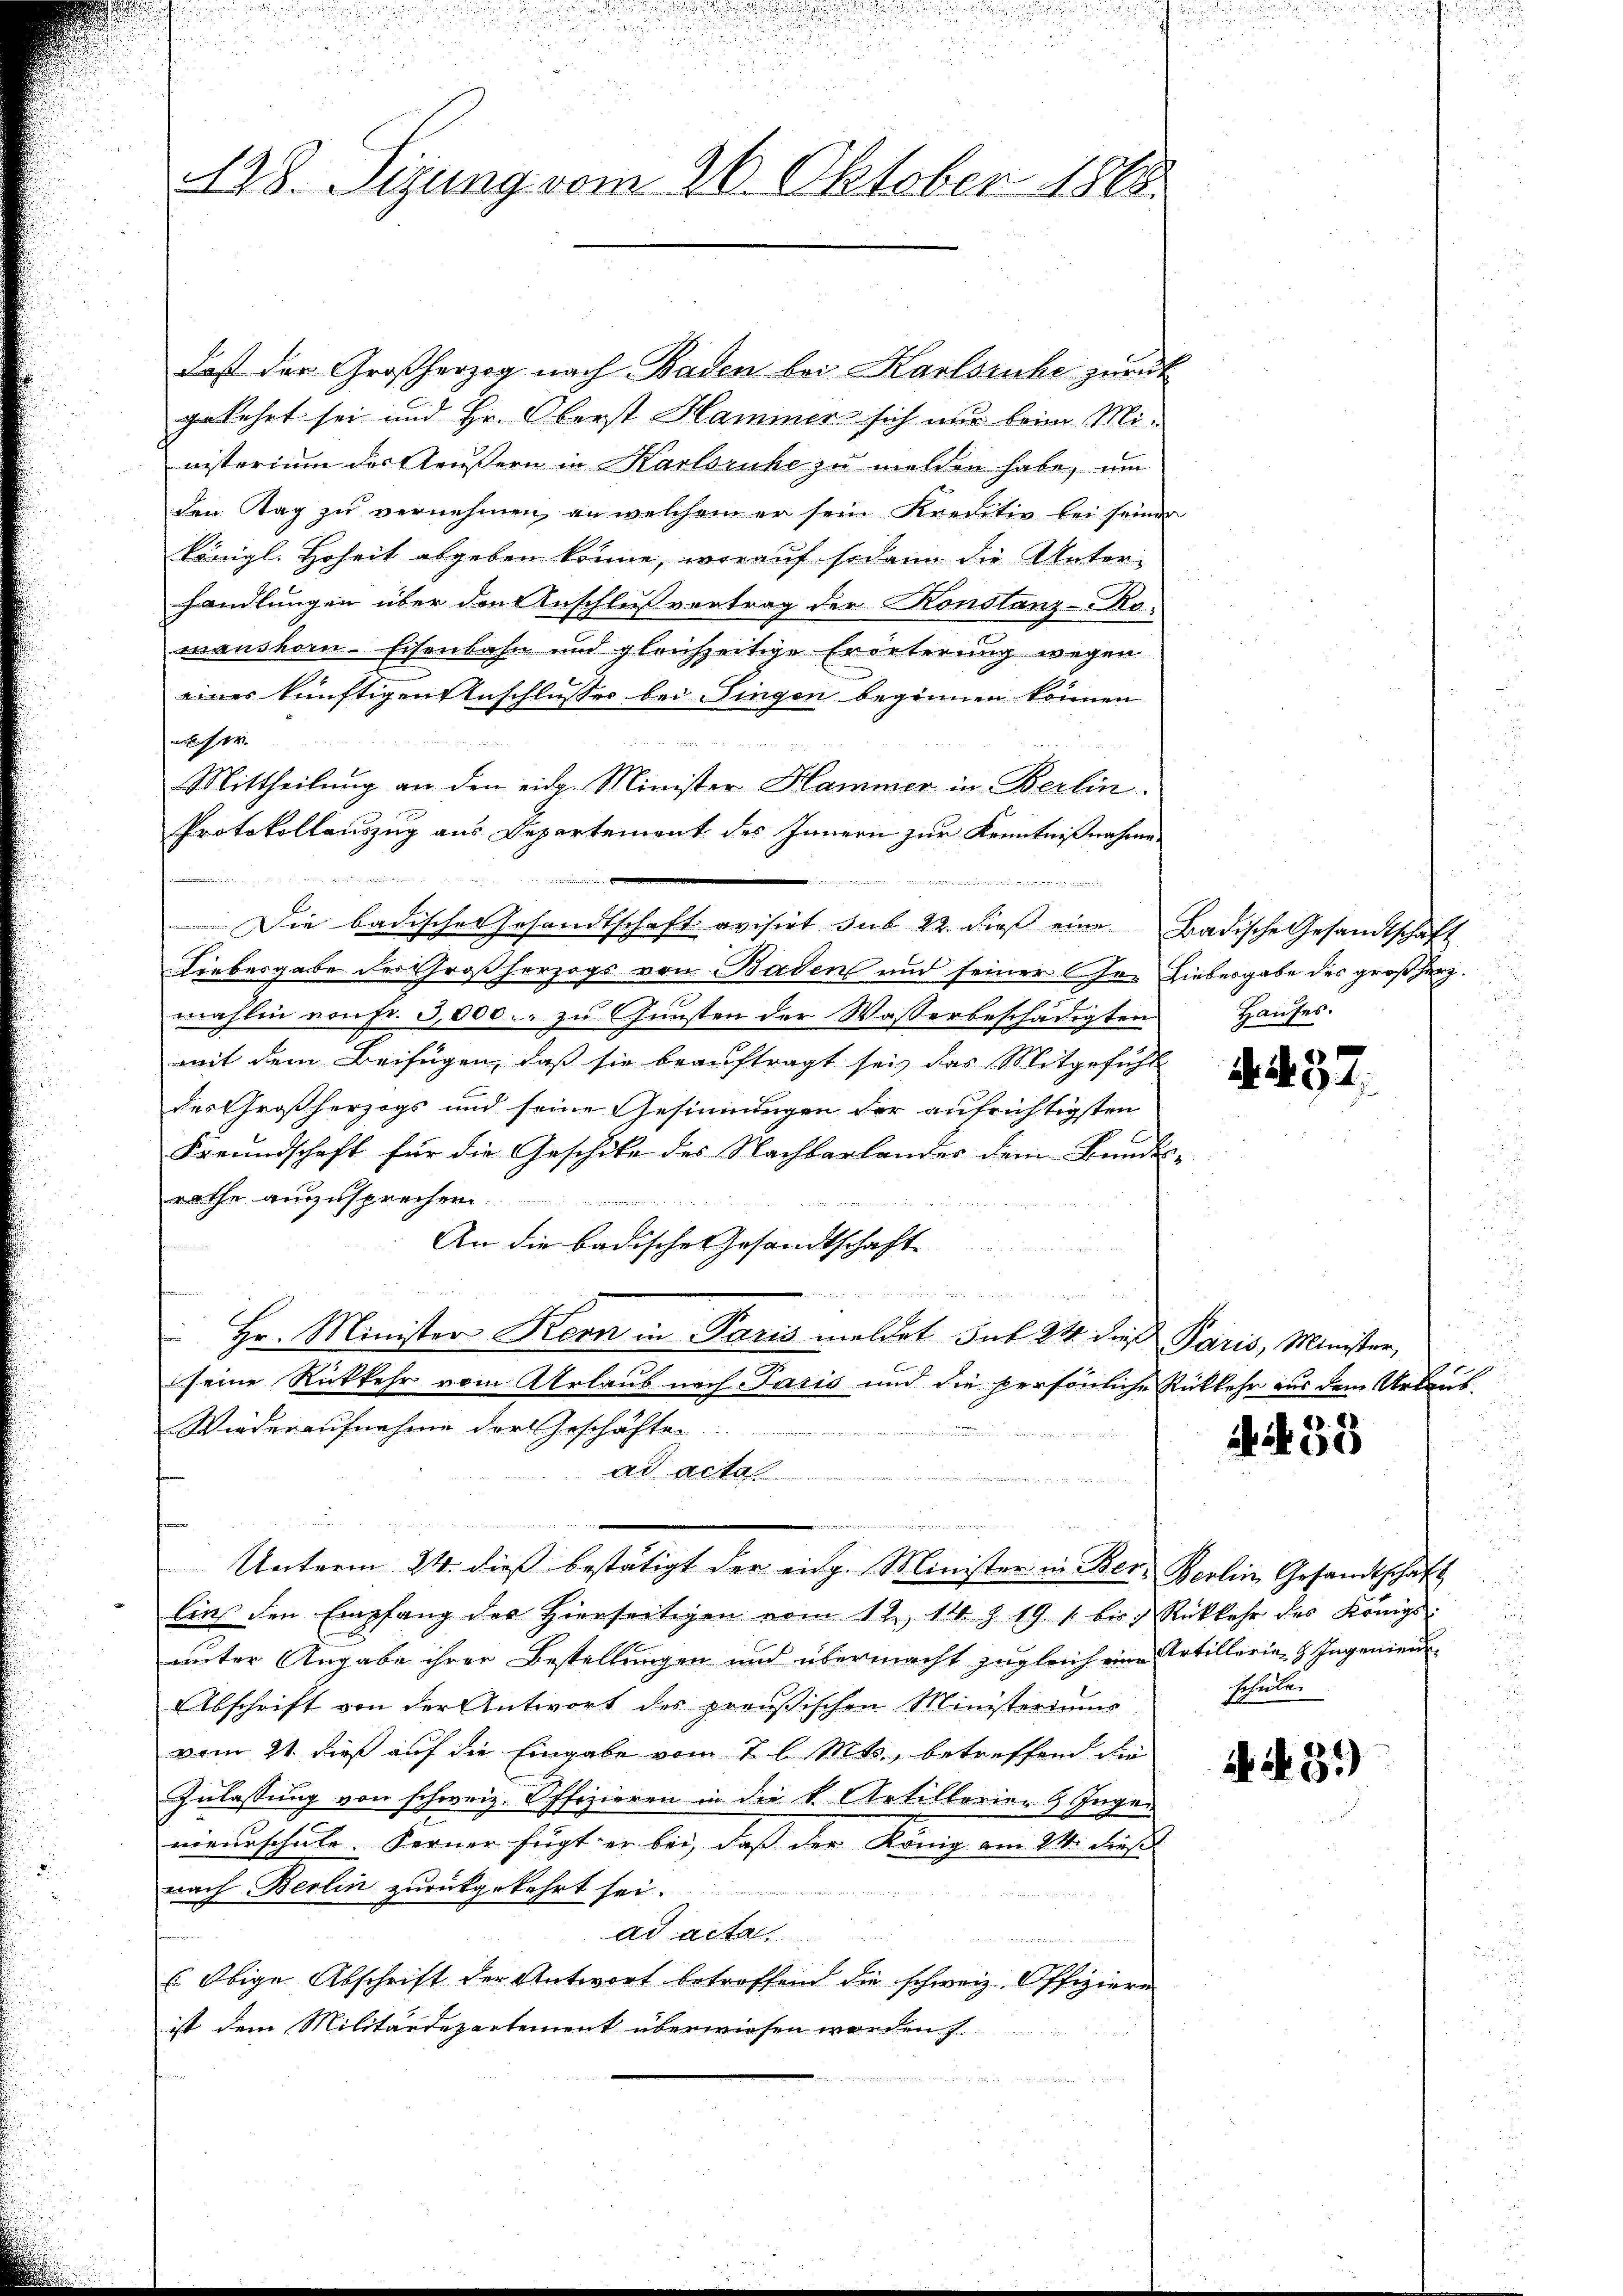
138. Sizung vom 26. Oktober 1865.

daß der Großherzog nach Baden bei Karlsruhe zurück
gekehrt sei und Hr. Oberst Hammer sich nur beim Mi-
nisterium der Aeußern in Karlsruhe zu melden habe, um
den Tag zu vernehmen, an welchem er sein Kreditio bei seiner
königl. Hoheit abgeben könne, worauf sodann die Unter-
handlungen über den Anschluß vortrag der Konstanz-Ro-
manshorn-Eisenbahn und gleichzeitige Erörterung wegen
eines künftigen Anschlusser bei Singen beginnen können
er
a
Mittheilung an den eidg. Minister Hammer in Berlin
Protokollauszug aus Departement des Innern zur Kenntnißnahme
e

Die badische Gesandtschaft avisirt sub 22. dieβ eine Badische Gesandtschaft
Liebesgabe der Großherzogs von Baden und seiner Ire Liebesgabe des großherz.
wahlin von Fr. 3,000. zu Gunsten der Wasserbeschädigten
mit dem Beifügen, daß sie beauftragt sei, das Mitgefühl
des Großherzogs und seine Gesinnungen der aufrichtigsten
Freundschaft für die Geschicke des Nachbarlander dem Bunde
rathe auszusprechen
u
An die badische Gesandtschaft
 Hr. Minister Korn in Paris meldet sub 24 dies Paris, Minister,
.
seine Rückkehr vom Urlaub nach Paris und die persönliche Rückkehr aus dem Urlaub¬
Wiederaufnahme der Geschäften
ad acta
   den dieser
Unterm 24. dieß bestätigt der eidg. Minister in Ber- Berlin Gesandtschaft
lins den Empfang der Hierseitigen vom 12. 14. §. 19. 1. bis Rückkehr des Königl.
unter Angabe ihrer Bestellungen und übermacht zugleich eine Artillerie- & Ingenieu
Abschrift von der Antwort des preußischen Ministeriums
vom 21. dieß auf die Eingabe vom 7 l. Mts., betreffend die
Zulassung von schweiz. Offizieren in die k. Artillorien 9. Ingen
nieurschule. Ferner fügt er bei, daß der König am 24. dies
nach Berlin zurückgekehrt sei.
ad acta
 Obige Abschrift der Antwort betroffend die schweiz. Offiziere
ist dem Militärdepartement überwiesen worden s.

Hauses.

4. 437.

61

AN 55

A 3)

schule